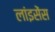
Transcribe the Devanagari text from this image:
लांइसेंस